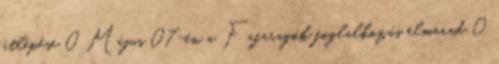
átlépése 0 Május 07-én a Fafaragók foglalkozás elmarad 0